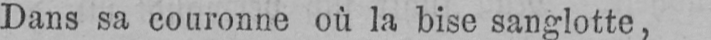
Dans sa couronne où la bise sanglotte,